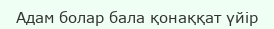
Адам болар бала қонаққат үйір